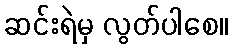
ဆင်းရဲမှ လွတ်ပါစေ။